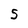
Character: 5